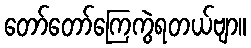
တော်တော်ကြေကွဲရတယ်ဗျာ။